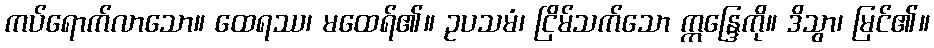
ကပ်ရောက်လာသော။ ထေရဿ၊ မထေရ်၏။ ဥပသမံ၊ ငြိမ်သက်သော ဣန္ဒြေကို။ ဒိသွာ၊ မြင်၏။